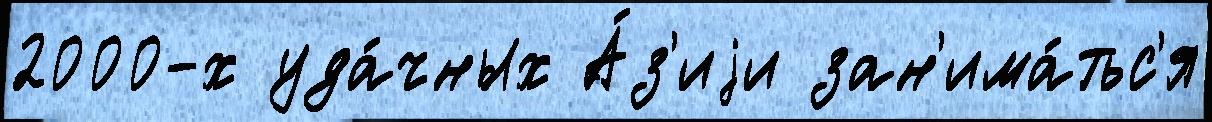
2000-х уда́чных А́з'иjи зан'има́тьс'я